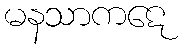
မနသာကဋေ